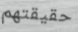
حقيقتهم